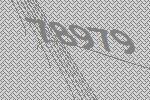
78979